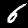
Digit: 6